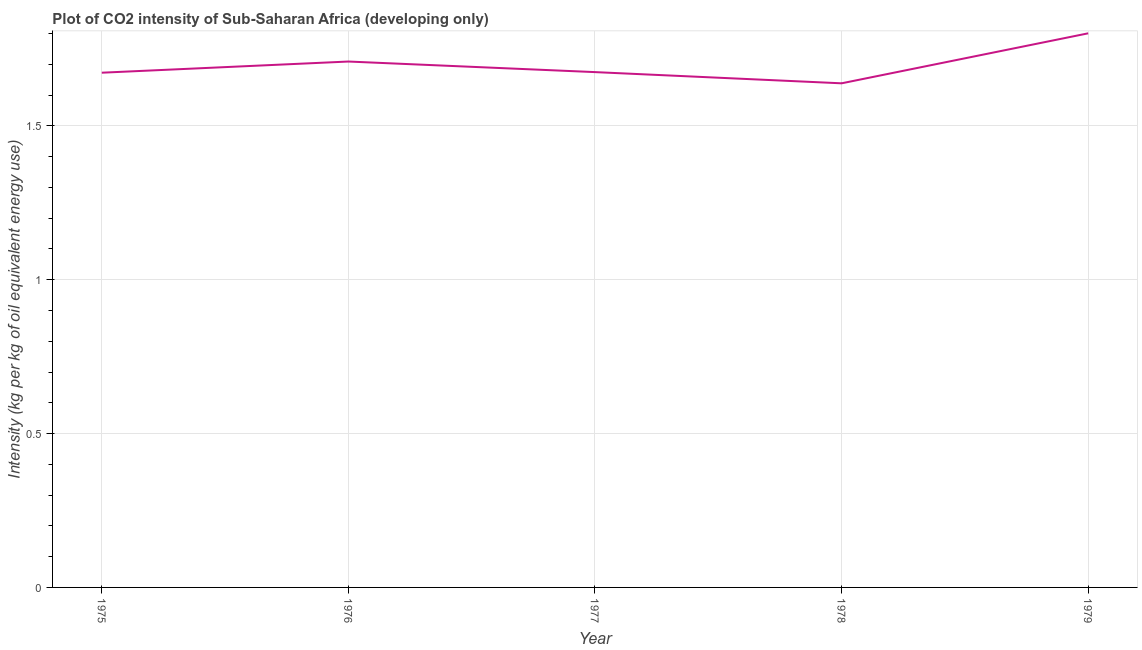
| Year | CO2 intensity |
 | --- | --- |
 | 1975 | 1.67 |
 | 1976 | 1.71 |
 | 1977 | 1.67 |
 | 1978 | 1.64 |
 | 1979 | 1.8 |